Scottish Leaving Certificate Examination, 1957
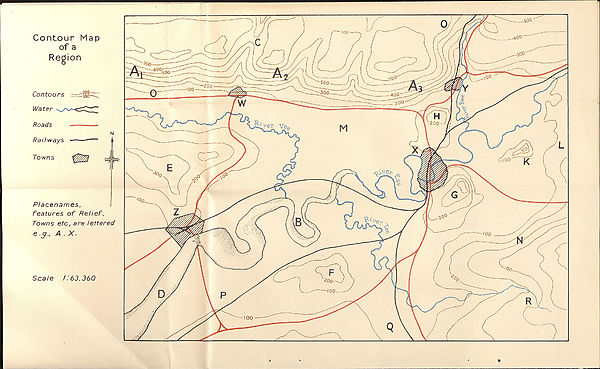
Contour Map
of a
Region
Contours
Water
Roads
Railways
Towns
-200-
-100'
J L
1 r
Placenames,
I
features of Relief,
Towns etc, are lettered
e .j., A . X.
Scale ! 63,360
¥